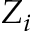
Z _ { i }